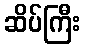
ဆိပ်ကြီး